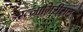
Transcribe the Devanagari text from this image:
रत्नागिरीसह